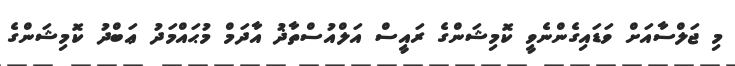
މި ޖަލްސާއަށް ވަޑައިގެންނެވީ ކޮމިޝަންގެ ރައީސް އަލްއުސްތާޛު އާދަމް މުޙައްމަދު ޢަބްދު ކޮމިޝަންގެ